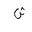
Letter: _shin